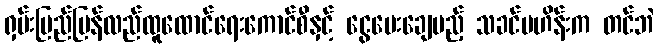
ရှမ်းပြည်ပြန်လည်ထူထောင်ရေးကောင်စီနှင့် ငွေပေးချေမည့် သခင်ဗဟိန်းက တင်ဘဲ